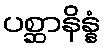
ပစ္ဆာနိန္နံ